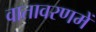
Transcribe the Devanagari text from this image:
वातावरणमें